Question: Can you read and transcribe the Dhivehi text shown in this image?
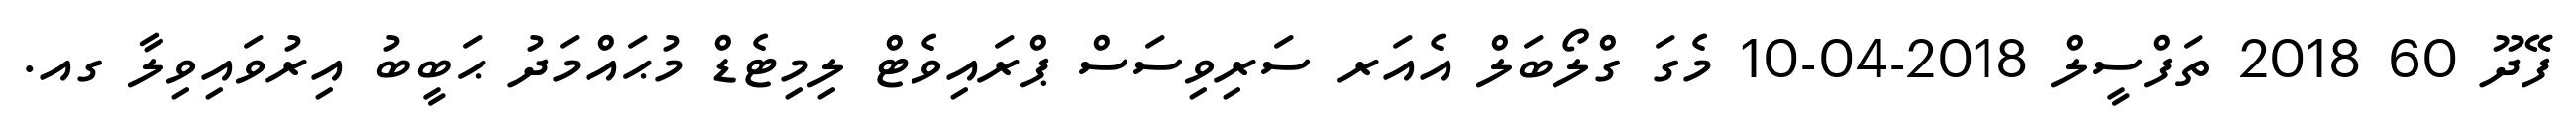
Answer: ފޭދޫ 60 2018 ތަފްސީލް 2018-04-10 މެގަ ގްލޯބަލް އެއަރ ސަރިވިސަސް ޕްރައިވެޓް ލިމިޓެޑް މުޙައްމަދު ޙަބީބު އިރުވައިވިލާ ގއ.